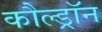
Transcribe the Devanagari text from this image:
कौल्ड्रॉन